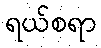
ရယ်စရာ